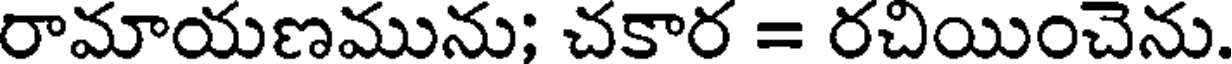
రామాయణమును; చకార = రచియించెను.